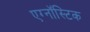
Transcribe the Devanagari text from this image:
एग्नॉस्टिक